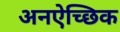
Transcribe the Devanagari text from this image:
अनऐच्छिक